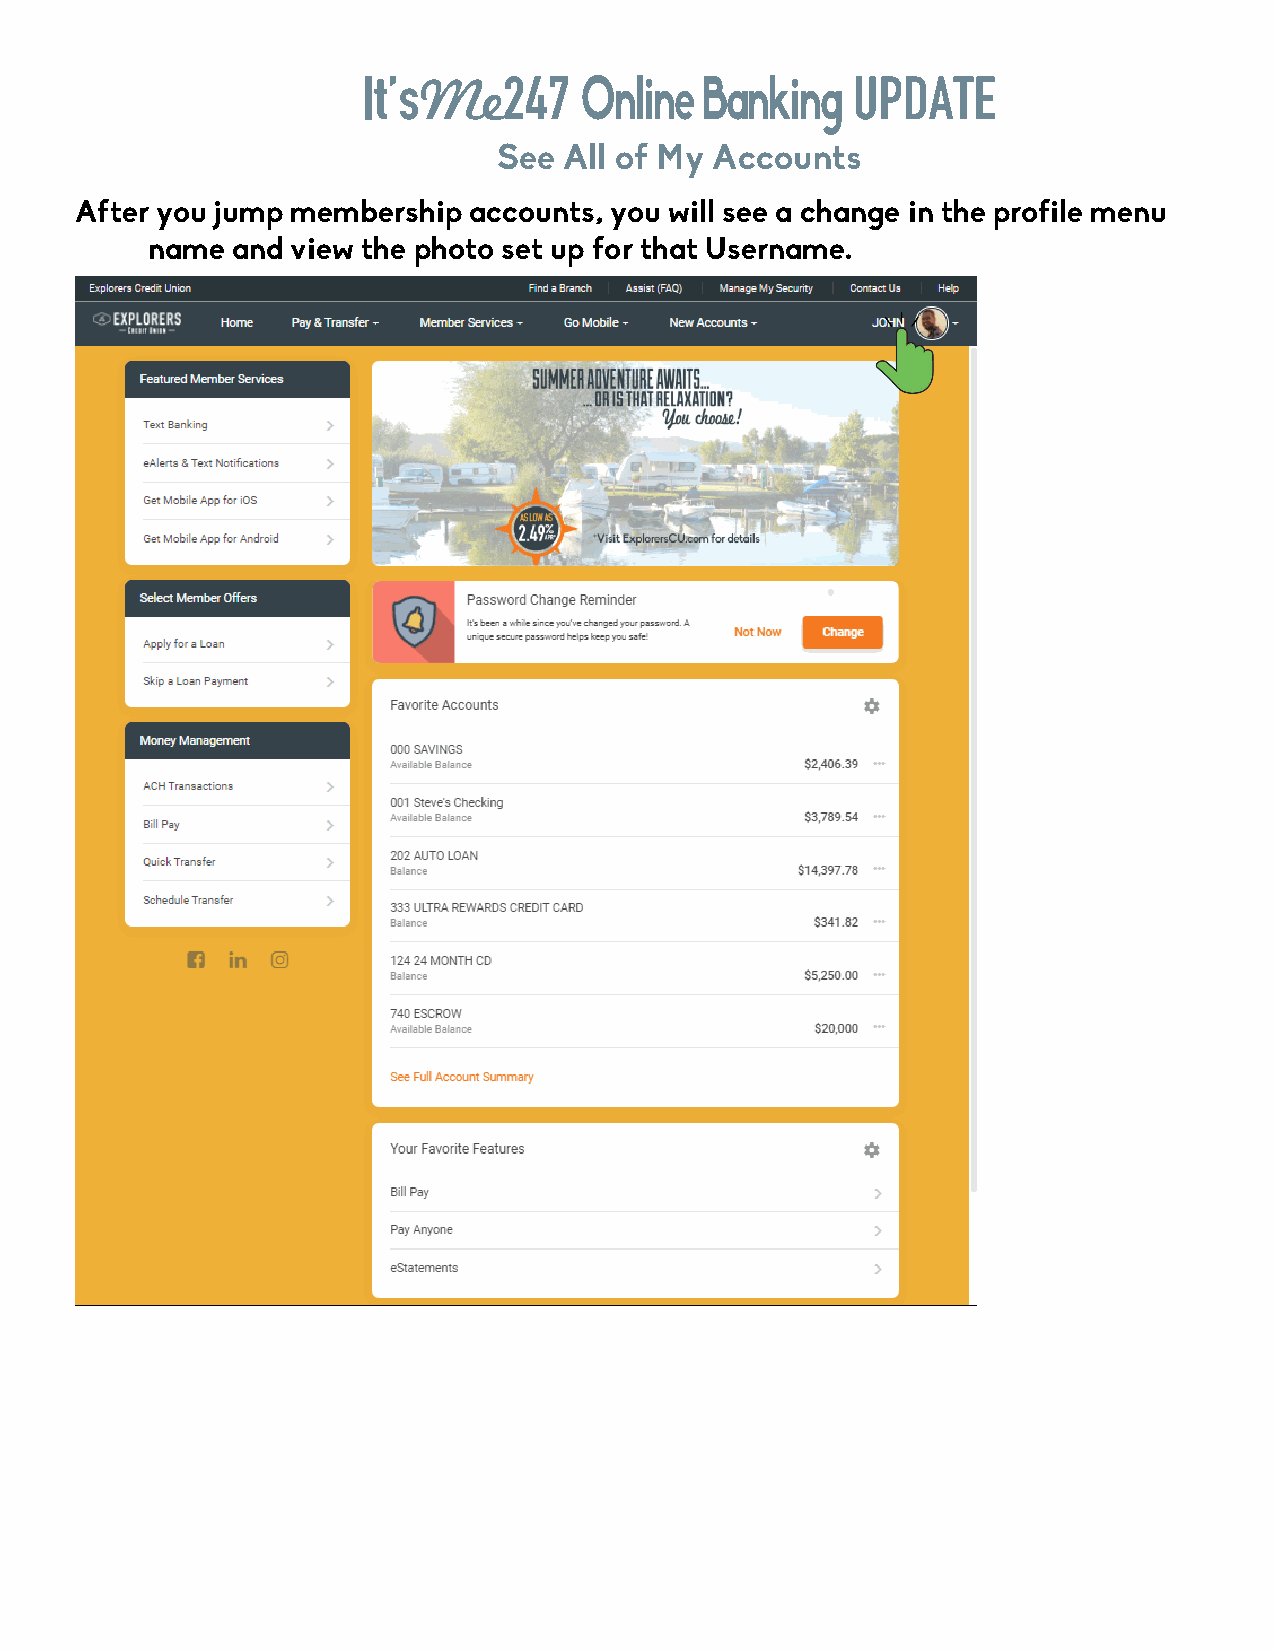
It’sMe247     Online  Banking   UPDATE
 See All of My Accounts
 After you jump membership accounts, you will see a change in the profile menu
 name and view the photo set up for that Username.